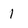
Character: l